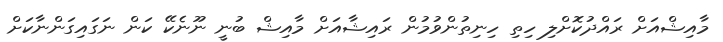
މާއިޝްއަށް ރައްދުކޮށްލި ހިތި ހިނިތުންވުމުން ރައިޝާއަށް މާއިޝް ބުނީ ނޫނެކޭ ކަން ނަގައިގަންނާކަށް